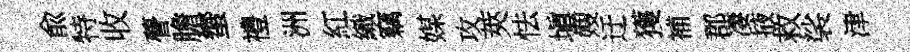
兪特收瞢膽蠁禮洲紅織竊媒攻莢怯塡嫂迂獲補郡凄掖救裟津